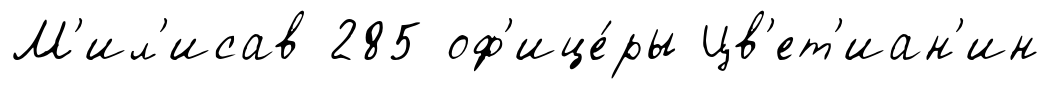
М'ил'исав 285 оф'ице́ры Цв'ет'иан'ин